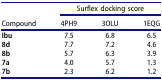
| <ROWSPAN=2> Compound | <COLSPAN=3> Surflex docking score |
 | 4PH9 | 3OLU | 1EQG |
 | --- | --- | --- | --- |
 | Ibu | 7.5 | 6.8 | 6.5 |
 | 8d | 7.7 | 7.2 | 4.6 |
 | 8b | 5.7 | 6.3 | 3.9 |
 | 7a | 4.0 | 5.7 | 1.3 |
 | 7b | 2.3 | 6.2 | 1.2 |